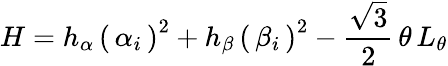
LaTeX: H=h_{\alpha}\, \left(\, \alpha_{i}\, \right)^{2}+h_{\beta}\, \left(\, \beta_{i}\, \right)^{2}-\frac{\sqrt 3}{2}\, \theta\, L_{\theta}